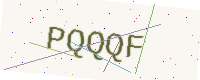
Text: PQQQF